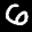
Label: 6